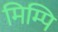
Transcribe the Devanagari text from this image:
मिम्पि